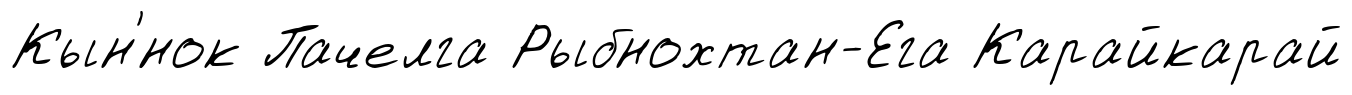
Кын'́нок Пачелга Рыбнохтан-Ега Карайкарай